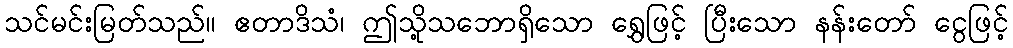
သင်မင်းမြတ်သည်။ ဧတာဒိသံ၊ ဤသို့သဘောရှိသော ရွှေဖြင့် ပြီးသော နန်းတော် ငွေဖြင့်